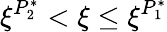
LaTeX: \xi^{P_{2}^{*}}<\xi\leq\xi^{P_{1}^{*}}